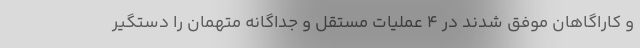
و کاراگاهان موفق شدند در 4 عملیات مستقل و جداگانه متهمان را دستگیر